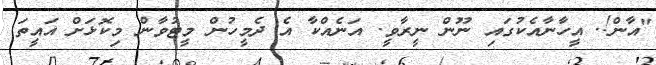
"އާން!. އީހާނާއެކުގައި ނޫން ނީރާވީ. އަނެއްކާ އެ ދެމީހުން މީޓުވާން މިކޮޅަށް އައީތަ.